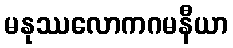
မနုဿလောကဂမနီယာ